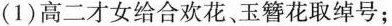
(1)高二才女给合欢花、玉簪花取绰号；